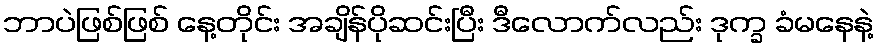
ဘာပဲဖြစ်ဖြစ် နေ့တိုင်း အချိန်ပိုဆင်းပြီး ဒီလောက်လည်း ဒုက္ခ ခံမနေနဲ့